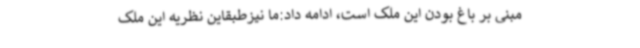
مبنی بر باغ بودن این ملک است، ادامه داد:ما نیزطبقاین نظریه این ملک